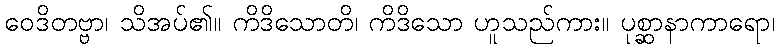
ဝေဒိတဗ္ဗာ၊ သိအပ်၏။ ကိဒိသောတိ၊ ကိဒိသော ဟူသည်ကား။ ပုစ္ဆာနာကာရော၊